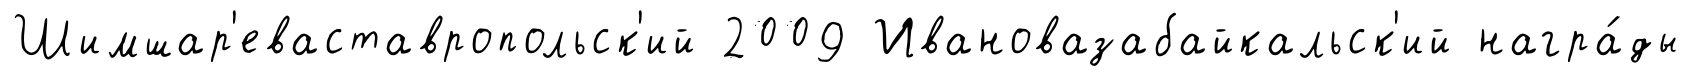
Шимшар'еваставропольск'ий 2009 Ивановазабайкальск'ий награ́ды